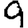
Digit: 9